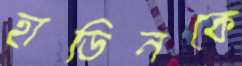
হাডিনকে